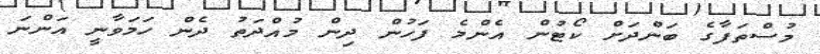
މުސްތަފާގެ ބަންދަށް ކޯޓުން އެންމެ ފަހުން ދިން މުއްދަތު ދެން ހަމަވާނީ އަންނަ